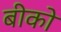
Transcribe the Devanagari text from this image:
बीको